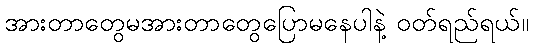
အားတာတွေမအားတာတွေပြောမနေပါနဲ့ ဝတ်ရည်ရယ်။